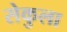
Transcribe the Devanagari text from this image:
सेकुला